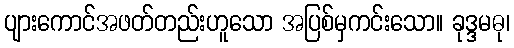
ပျားကောင်အဖတ်တည်းဟူသော အပြစ်မှကင်းသော။ ခုဒ္ဒမဓု၊